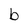
Character: b